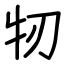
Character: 牣